Problem: 44 + 7 = ?
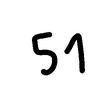
Handwritten answer: 51